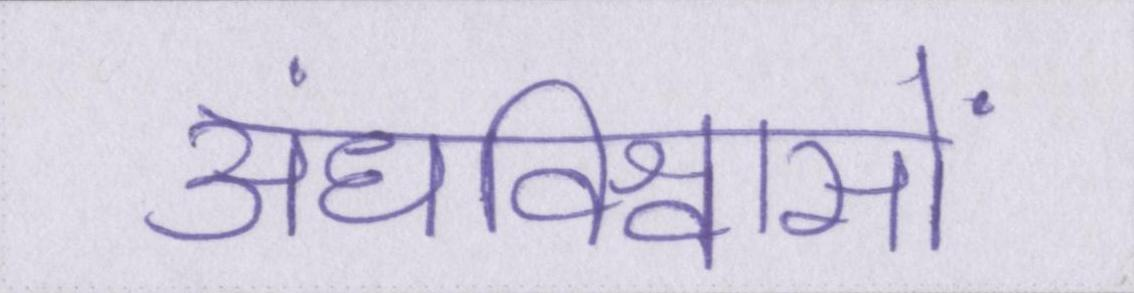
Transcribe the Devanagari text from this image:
अंधविश्वासों